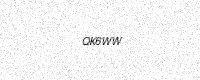
Text: QK6WW